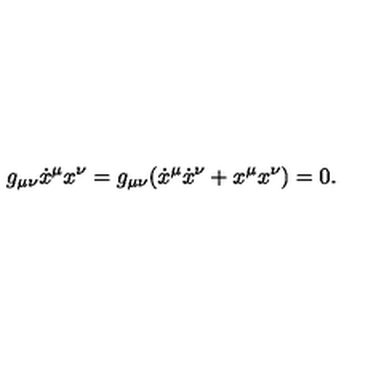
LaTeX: g _ { \mu \nu } \dot { x } ^ { \mu } x ^ { \nu } = g _ { \mu \nu } ( \dot { x } ^ { \mu } \dot { x } ^ { \nu } + x ^ { \mu } x ^ { \nu } ) = 0 .